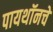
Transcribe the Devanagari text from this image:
पायथॉनचे